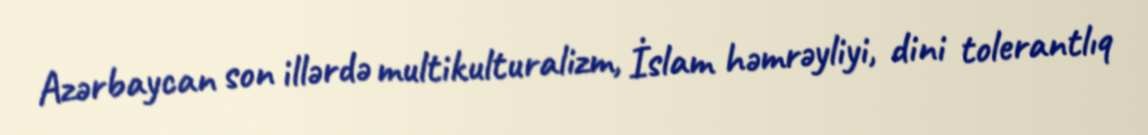
Azərbaycan son illərdə multikulturalizm, İslam həmrəyliyi, dini tolerantlıq